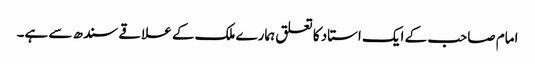
امام صاحب کے ایک استاد کا تعلق ہمارے ملک کے علاقے سندھ سے ہے۔